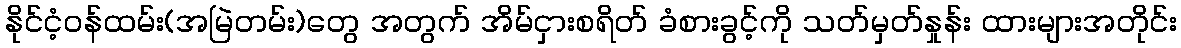
နိုင်ငံ့ဝန်ထမ်း(အမြဲတမ်း)တွေ အတွက် အိမ်ငှားစရိတ် ခံစားခွင့်ကို သတ်မှတ်နှုန်း ထားများအတိုင်း